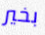
بخير